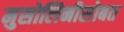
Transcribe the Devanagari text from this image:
मुसोलिनीसोबत